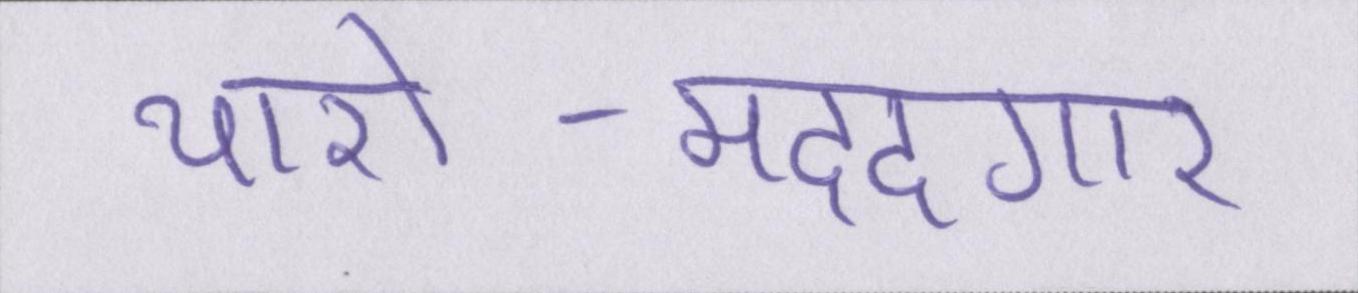
यारो-मददगार